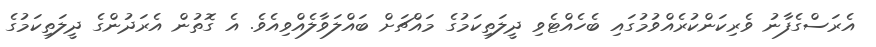
އެރަސްގެފާނު ވެރިކަންކުރެއްވުމުގައި ބެހެއްޓެވި ދީލަތިކަމުގެ މައްޗަށް ބައްލަވާލެއްވިއެވެ. އެ ގޮތުން އެރަދުންގެ ދީލަތިކަމުގެ